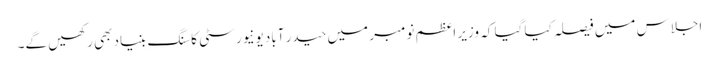
اجلاس میں فیصلہ کیا گیا کہ وزیرِ اعظم نومبر میں حیدر آباد یونیورسٹی کا سنگِ بنیاد بھی رکھیں گے۔